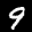
Label: 9